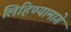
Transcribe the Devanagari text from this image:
लिहिण्यामागे